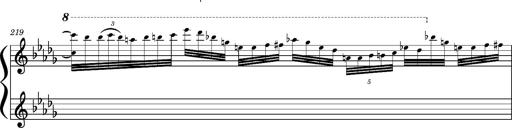
Title: Concerto sans orchestre, S.524a
Composer: Franz Liszt
Key: A major